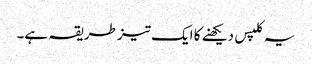
یہ کلپس دیکھنے کا ایک تیز طریقہ ہے۔